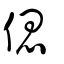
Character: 偲